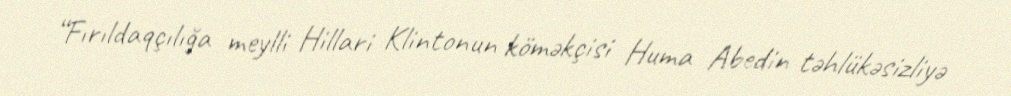
“Fırıldaqçılığa meylli Hillari Klintonun köməkçisi Huma Abedin təhlükəsizliyə